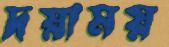
দয়াময়